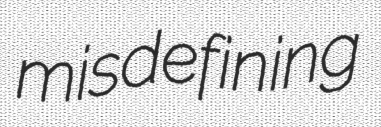
misdefining